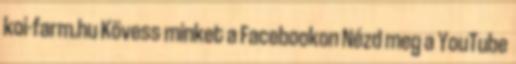
koi-farm.hu Kövess minket a Facebookon Nézd meg a YouTube